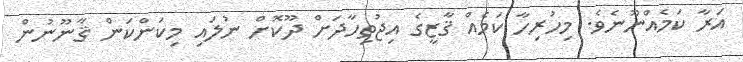
އަރާ ކަމެއްނޫނެވެ. މިހުރިހާ ކަމެއް ޤާޒީގެ އިޖުތިހާދަށް ދޫކޮށް ނުލައި މިކަންކަން ޤާނޫނުން